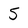
Character: 5